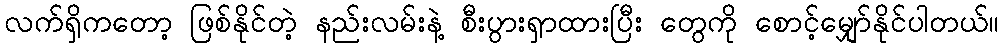
လက်ရှိကတော့ ဖြစ်နိုင်တဲ့ နည်းလမ်းနဲ့ စီးပွားရှာထားပြီး တွေကို စောင့်မျှော်နိုင်ပါတယ်။